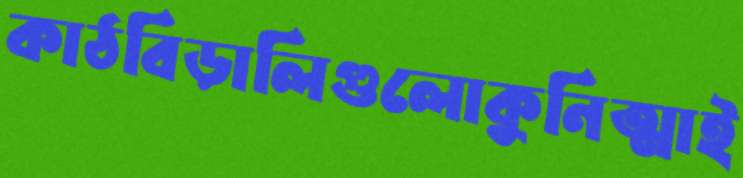
কাঠবিড়ালিগুলোকুনিত্মাই